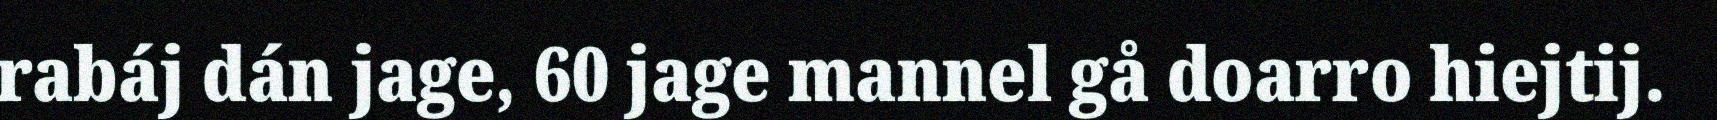
rabáj dán jage, 60 jage mannel gå doarro hiejtij.